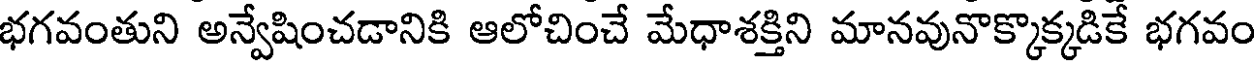
భగవంతుని అన్వేషించడానికి ఆలోచించే మేధాశక్తిని మానవునొక్కొక్కడికే భగవం